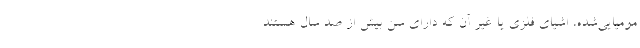
مومیایی‌شده، اشیای فلزی یا غیر آن که دارای سن بیش از صد سال هستند